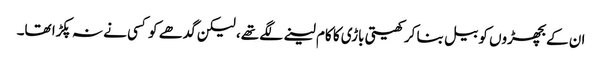
ان کے بچھڑوں کو بیل بنا کر کھیتی باڑی کا کام لینے لگے تھے، لیکن گدھے کو کسی نے نہ پکڑا تھا۔